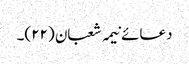
دعائے نیمہ شعبان (۲۲)۔